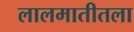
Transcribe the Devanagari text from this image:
लालमातीतला